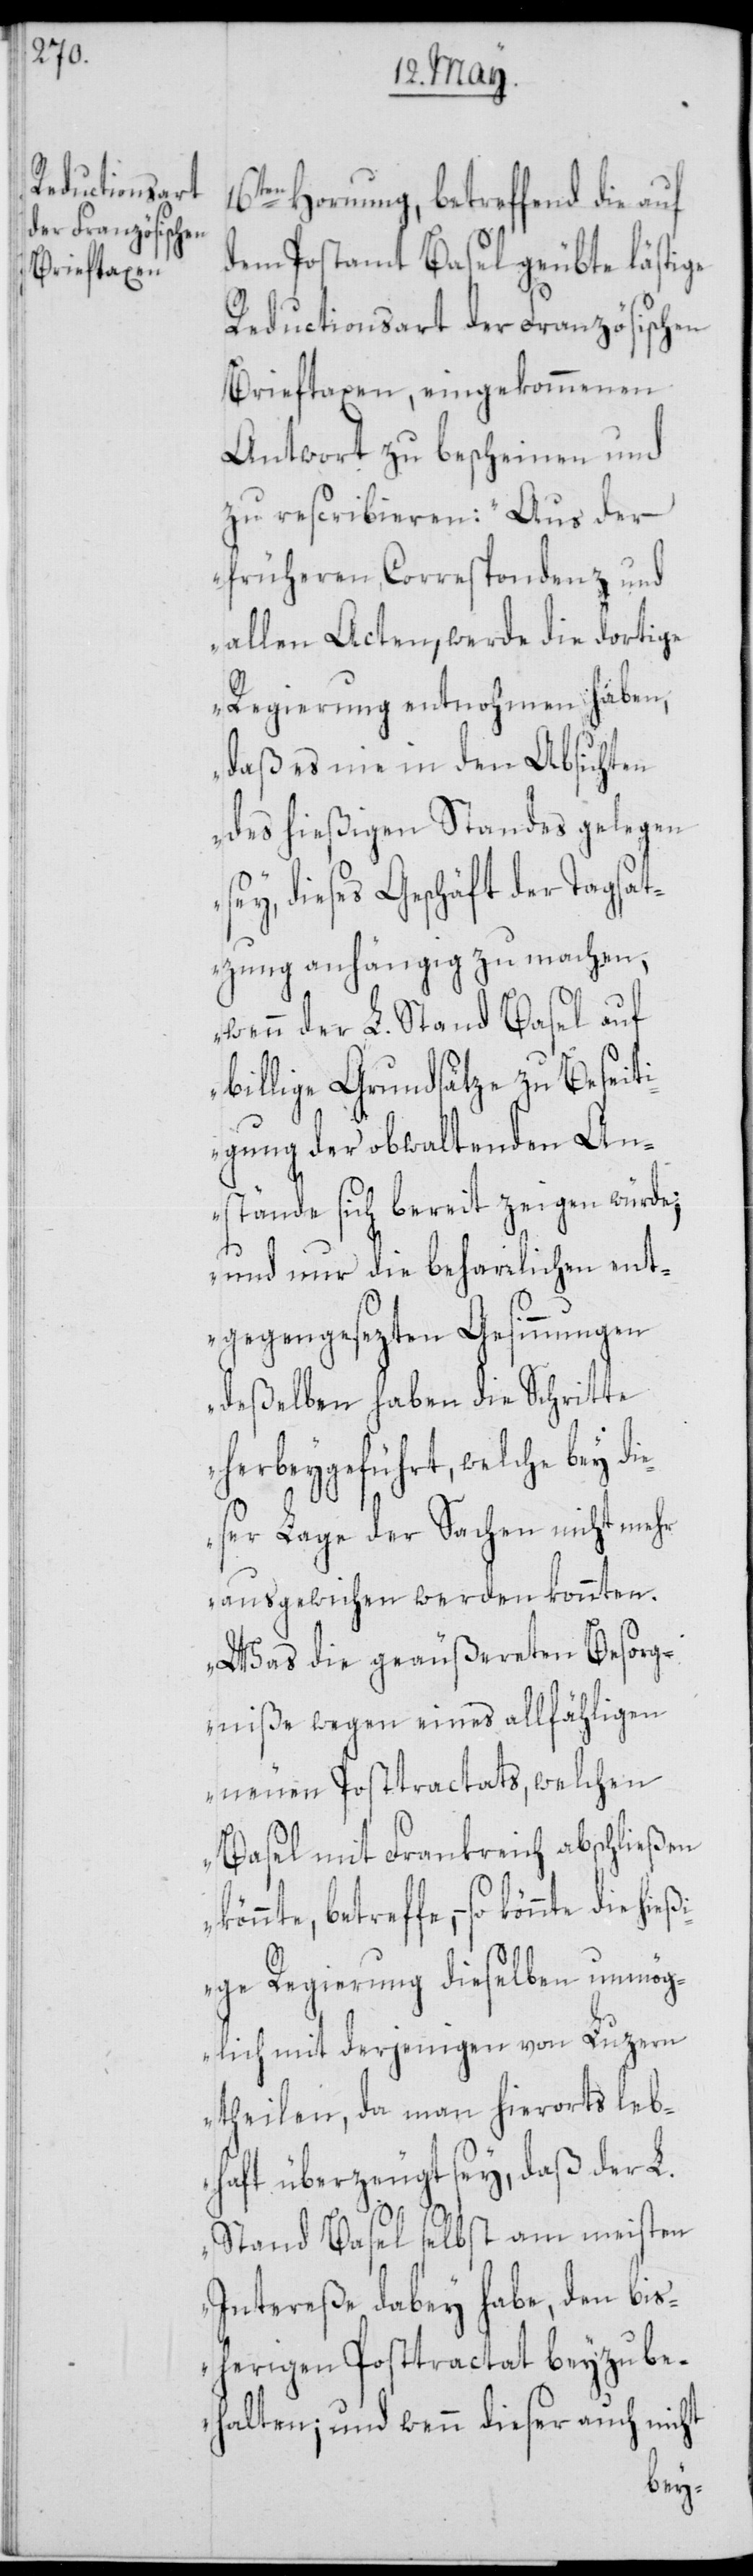
Hornung, betreffend die auf
dem Postamt Basel geübte lästige
Reductionsart der Französischen
Brieftaxen, eingekommenen
Antwort zu bescheinen und
zu rescribieren: „Aus der
früheren Correspondenz und
allen Acten, werde die dortige
Regierung entnohmen haben,
daß es nie in den Absichten
des hießigen Standes gelegen
sey, dieses Geschäft der Tagsat¬
zung anhängig zu machen,
wenn der L. Stand Basel auf
billige Grundsätze zu Beseiti¬
gung der obwaltenden An¬
stände sich bereit zeigen würde;
und nur die beharrlichen ent¬
gegengesezten Gesinnungen
deßelben haben die Schritte
herbeygeführt, welche bey di¬
eser Lage der Sachen nicht mehr
ausgewichen werden konnten.
Was die geäußereten Besorg¬
niße wegen eines allfähligen
neuen Posttractats, welchen
Basel mit Frankreich abschließen
könnte, betreffe, – so könnte die
ige Regierung dieselben unmög¬
lich mit derjenigen von Luzern
theilen, da man hierorts leb¬
haft überzeugt sey, daß der L.
Stand Basel selbst am meisten
Intereße dabey habe, den bi¬
sherigen Posttractat bey zu be¬
halten; und wenn dieser auch nicht
hieß¬